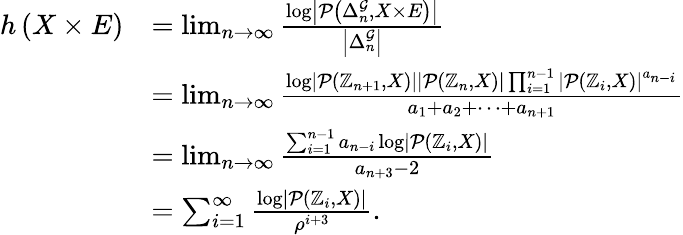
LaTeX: \begin{array}{rl}{h\left(X\times E\right)}&{=\operatorname*{lim}_{n\to\infty}\frac{\log\left|\mathcal{P}\left(\Delta_{n}^{\mathcal{G}},X\times E\right)\right|}{\left|\Delta_{n}^{\mathcal{G}}\right|}}\\ &{=\operatorname*{lim}_{n\to\infty}\frac{\log\left|\mathcal{P}\left(\mathbb{Z}_{n+1},X\right)\right|\left|\mathcal{P}\left(\mathbb{Z}_{n},X\right)\right|\prod_{i=1}^{n-1}\left|\mathcal{P}\left(\mathbb{Z}_{i},X\right)\right|^{a_{n-i}}}{a_{1}+a_{2}+\cdots+a_{n+1}}}\\ &{=\operatorname*{lim}_{n\to\infty}\frac{\sum_{i=1}^{n-1}a_{n-i}\log\left|\mathcal{P}\left(\mathbb{Z}_{i},X\right)\right|}{a_{n+3}-2}}\\ &{=\sum_{i=1}^{\infty}\frac{\log\left|\mathcal{P}\left(\mathbb{Z}_{i},X\right)\right|}{\rho^{i+3}}.}\end{array}